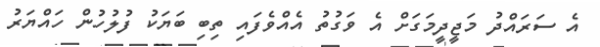
އެ ސަރައްދު މަޖީދީމަގަށް އެ ވަގުތު އެއްވެފައި ތިބި ބަޔަކު ފުލުހުން ހައްޔަރު